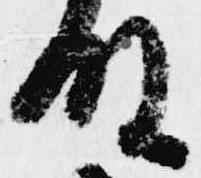
殿